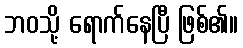
ဘဝသို့ ရောက်နေပြီ ဖြစ်၏။